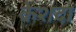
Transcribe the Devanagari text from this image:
केशदा